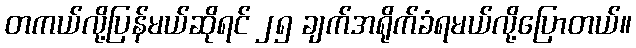
တကယ်လို့ပြန်မယ်ဆိုရင် ၂၅ ချက်အရိုက်ခံရမယ်လို့ပြောတယ်။